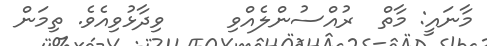
މާނައީ: މާތް  ރުއްސުންލެއްވި     ވިދާޅުވިއެވެ. ތިމަން